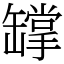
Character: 罉